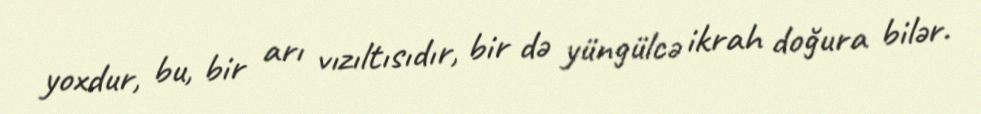
yoxdur, bu, bir arı vızıltısıdır, bir də yüngülcə ikrah doğura bilər.